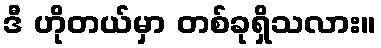
ဒီ ဟိုတယ်မှာ တစ်ခုရှိသလား။